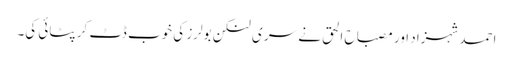
احمد شہزاد اور مصباح الحق نے سر ی لنکن بولرز کی خوب ڈٹ کر پٹائی کی۔